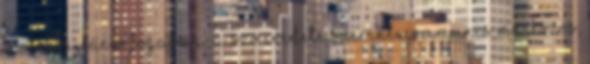
kommunikáció fogalma: A szó eredete szerint: communis mn. közös,